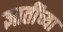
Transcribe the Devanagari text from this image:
ज्ञातींच्या